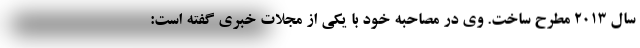
سال 2013 مطرح ساخت. وی در مصاحبه خود با یکی از مجلات خبری گفته است: